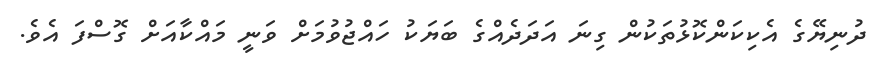
ދުނިޔޭގެ އެކިކަންކޮޅުތަކުން ގިނަ އަދަދެއްގެ ބަޔަކު ހައްޖުވުމަށް ވަނީ މައްކާއަށް ގޮސްފަ އެވެ.